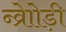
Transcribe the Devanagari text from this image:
न्व्रेाोड़ी